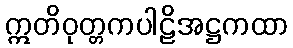
ဣတိဝုတ္တကပါဠိအဋ္ဌကထာ